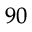
^ { 9 0 }